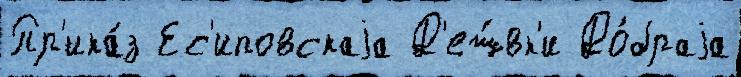
Пр'ика́з Ес'иповскаjа Д'еш́вк'и До́браjа